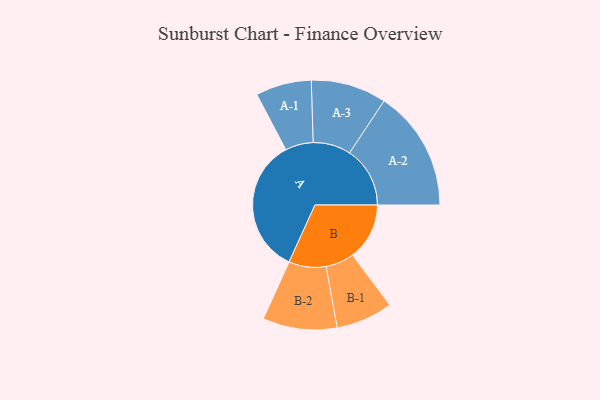
{"axis": {"x": "Segment", "y": "Value"}, "legend": ["", "A", "B"], "data": [{"x": "A", "y": 500, "type": ""}, {"x": "B", "y": 208, "type": ""}, {"x": "A-1", "y": 102, "type": "A"}, {"x": "A-2", "y": 221, "type": "A"}, {"x": "A-3", "y": 138, "type": "A"}, {"x": "B-1", "y": 104, "type": "B"}, {"x": "B-2", "y": 136, "type": "B"}]}